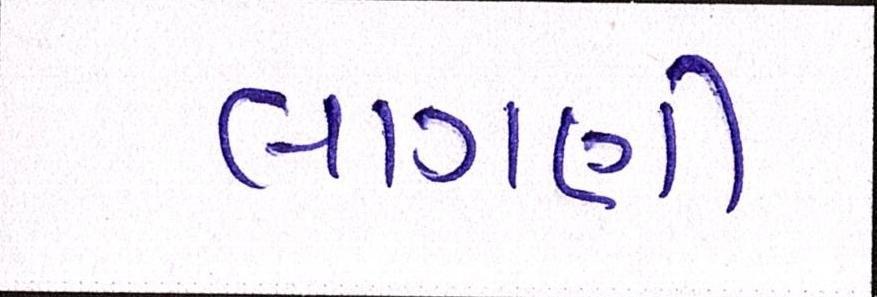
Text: લાગણી